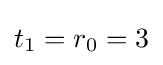
t_{1}=r_{0}=3